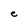
Character: e